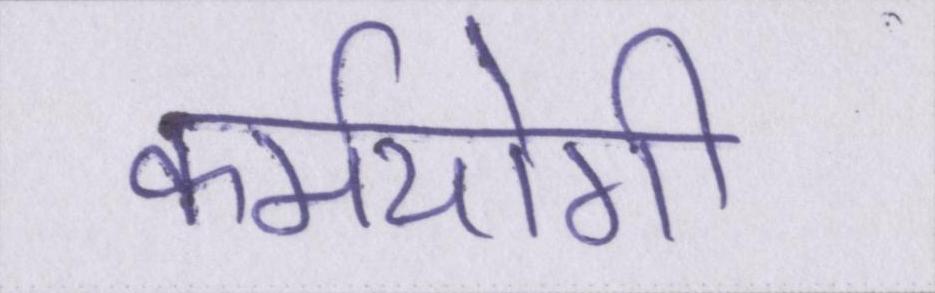
कर्मयोगी